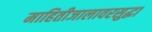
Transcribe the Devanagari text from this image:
माहितीजालावरसुद्धा